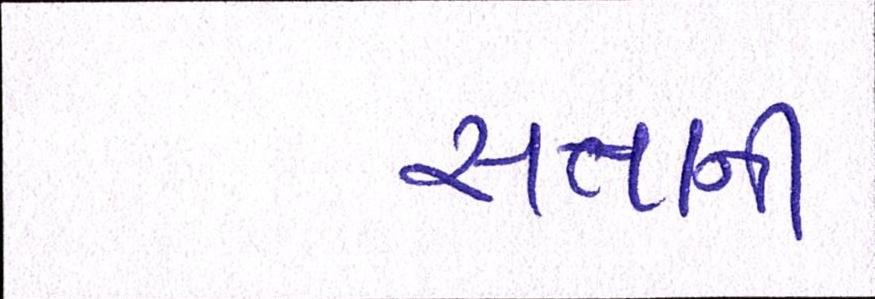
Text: સત્તાની